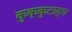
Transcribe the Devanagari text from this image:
कुक्कुटाद्य